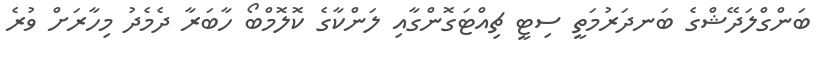
ބަންގްލަދޭޝްގެ ބަނދަރުމަތީ ސިޓީ ޗިއްޓަގޮންގާއި ލަންކާގެ ކޮލޮމްބޯ ހާބަރާ ދެމެދު މިހާރަށް ވުރެ